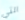
التي